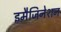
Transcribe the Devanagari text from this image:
इमैजिनेशन